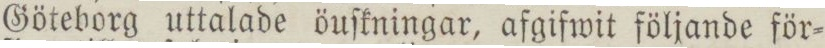
Göteborg uttalade öuſkningar, afgifwit följande för=